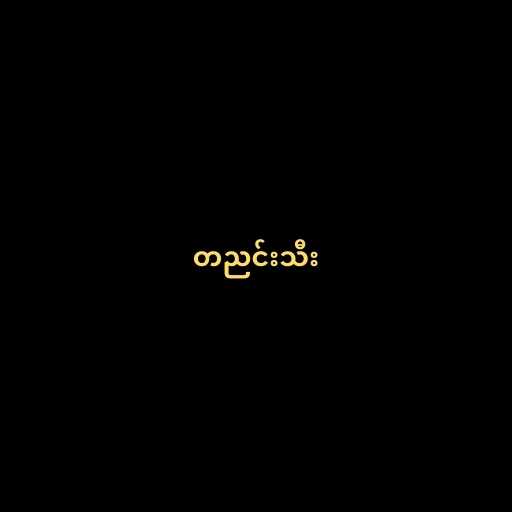
တညင်းသီး